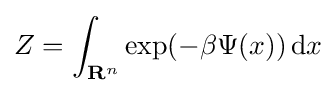
Z=\int _{\mathbf {R} ^{n}}\exp(-\beta \Psi (x))\,\mathrm {d} x